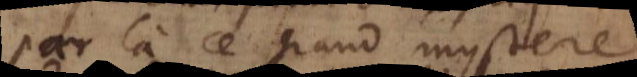
par là ce grand mystere